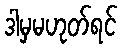
ဒါမှမဟုတ်ရင်